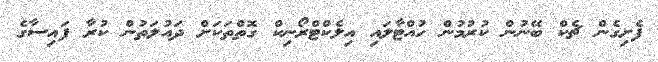
ފެށިގެން ޗެކް ބޭނުން ކުރުމުން ހުއްޓާލައި އިލެކްޓްރޯނިކް ގޮތްތަކަށް ދައުލަތުން ކުރާ ފައިސާގެ